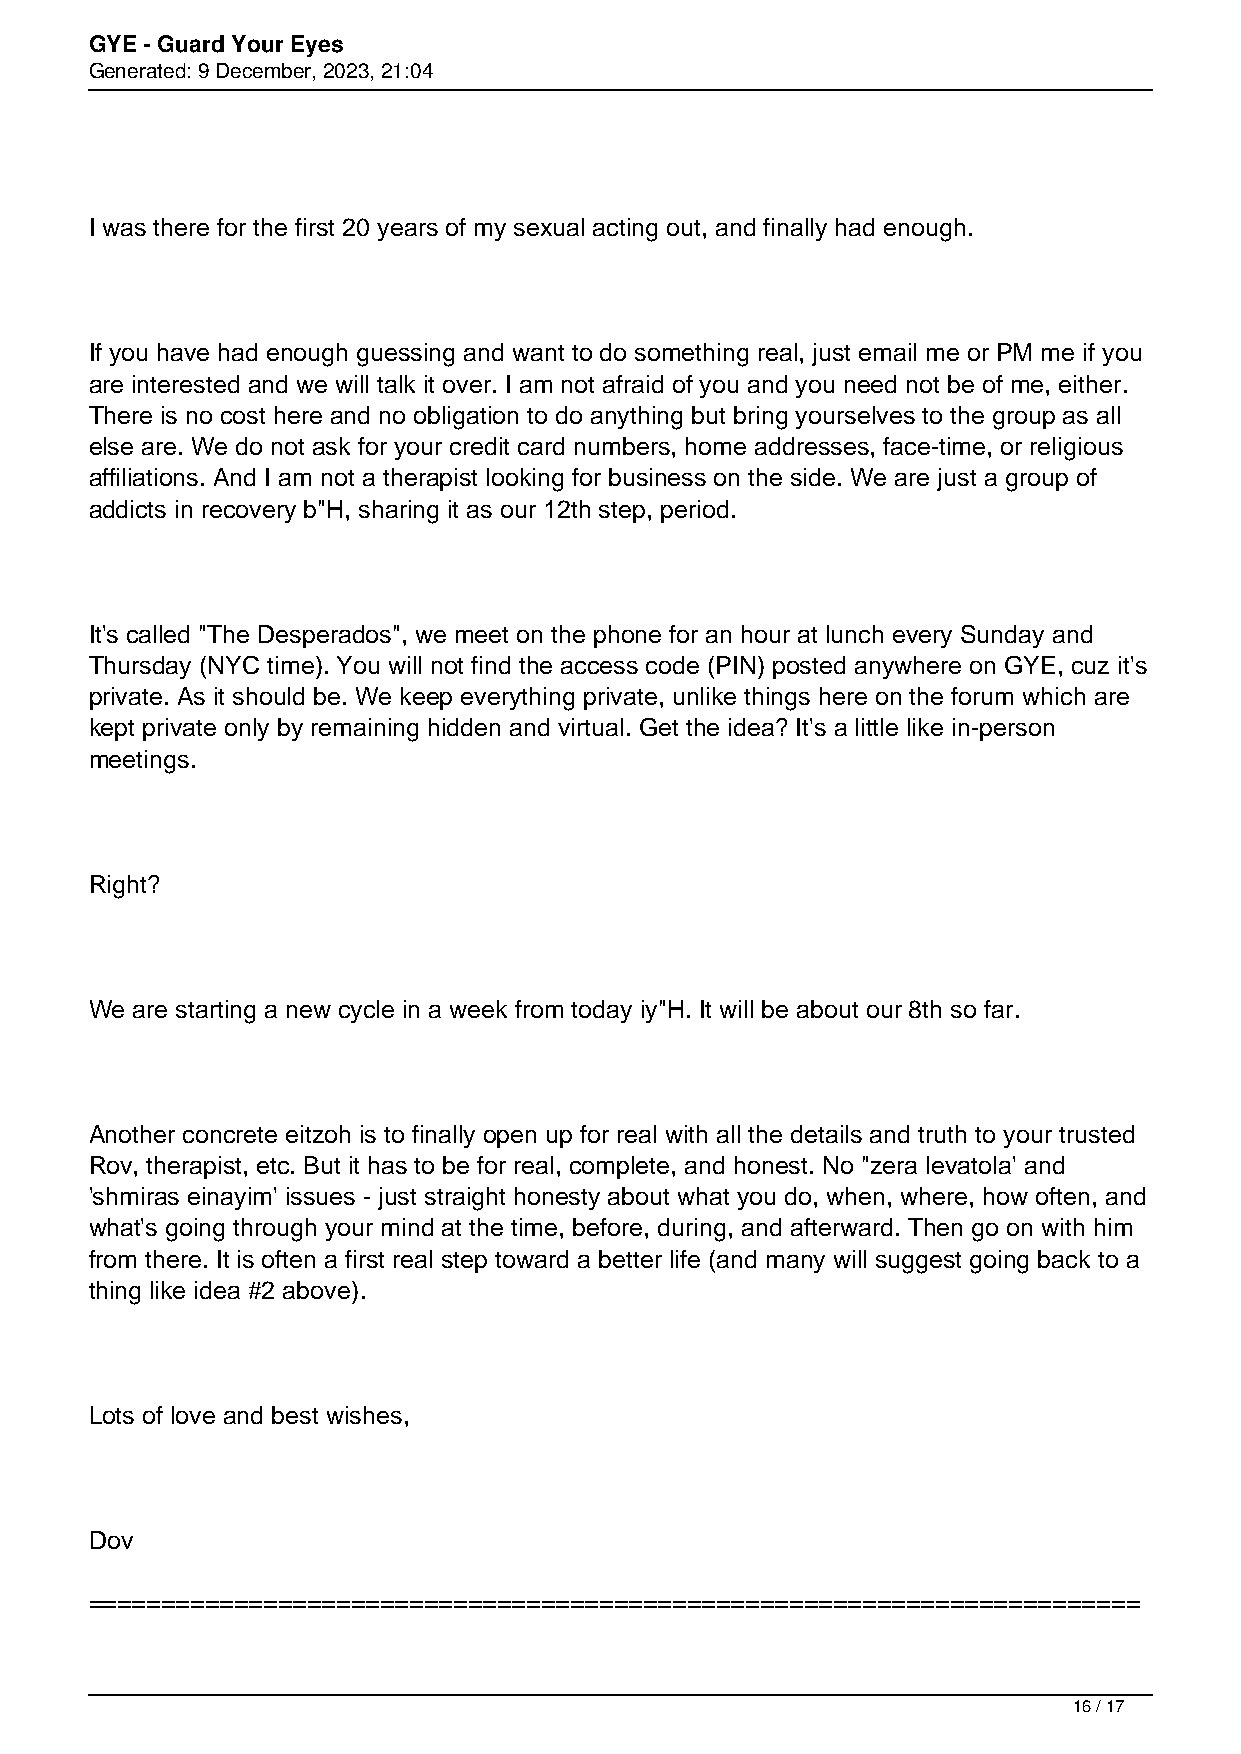
GYE - Guard Your Eyes
 Generated: 9 December, 2023, 21:04
 I was there for the first 20 years of my sexual acting out, and finally had enough.
 If you have had enough guessing and want to do something real, just email me or PM me if you
 are interested and we will talk it over. I am not afraid of you and you need not be of me, either.
 There is no cost here and no obligation to do anything but bring yourselves to the group as all
 else are. We do not ask for your credit card numbers, home addresses, face-time, or religious
 affiliations. And I am not a therapist looking for business on the side. We are just a group of
 addicts in recovery b"H, sharing it as our 12th step, period.
 It's called "The Desperados", we meet on the phone for an hour at lunch every Sunday and
 Thursday (NYC time). You will not find the access code (PIN) posted anywhere on GYE, cuz it's
 private. As it should be. We keep everything private, unlike things here on the forum which are
 kept private only by remaining hidden and virtual. Get the idea? It's a little like in-person
 meetings.
 Right?
 We are starting a new cycle in a week from today iy"H. It will be about our 8th so far.
 Another concrete eitzoh is to finally open up for real with all the details and truth to your trusted
 Rov, therapist, etc. But it has to be for real, complete, and honest. No "zera levatola' and
 'shmiras einayim' issues - just straight honesty about what you do, when, where, how often, and
 what's going through your mind at the time, before, during, and afterward. Then go on with him
 from there. It is often a first real step toward a better life (and many will suggest going back to a
 thing like idea #2 above).
 Lots of love and best wishes,
 Dov
 ========================================================================
 16 / 17